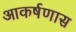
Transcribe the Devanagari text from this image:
आकर्षणास